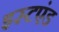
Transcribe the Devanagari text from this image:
इस्टएंड